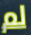
لم